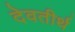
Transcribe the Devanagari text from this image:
देवतीर्थ